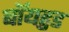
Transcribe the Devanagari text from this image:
बॉयहुड